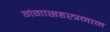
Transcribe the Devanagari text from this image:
गंगासहस्त्रनाम